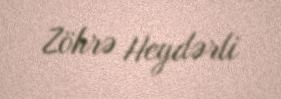
Zöhrə Heydərli